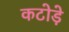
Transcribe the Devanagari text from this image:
कटोड़े